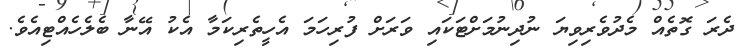
ދެރަ ގޮތެއް މެދުވެރިވިޔަ ނުދިނުމަށްޓަކައި ވަރަށް ފުރިހަމަ އެހީތެރިކަމާ އެކު އޭނާ ބެލެހެއްޓިއެވެ.